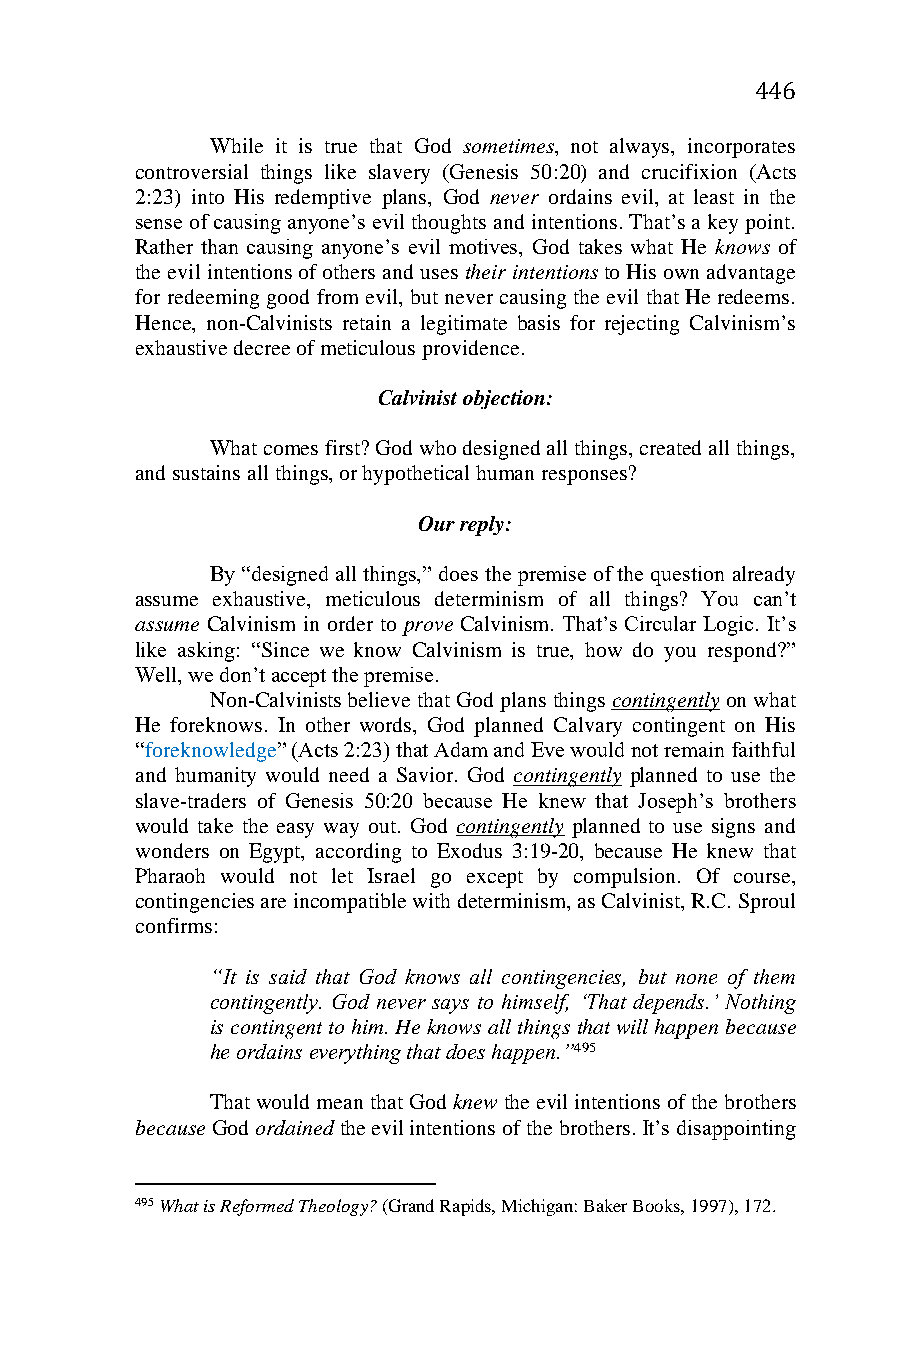
446
 While it is true that God sometimes, not always, incorporates
 controversial things like slavery (Genesis 50:20) and crucifixion (Acts
 2:23) into His redemptive plans, God never ordains evil, at least in the
 sense of causing anyone’s evil thoughts and intentions. That’s a key point.
 Rather than causing anyone’s evil motives, God takes what He knows of
 the evil intentions of others and uses their intentions to His own advantage
 for redeeming good from evil, but never causing the evil that He redeems.
 Hence, non-Calvinists retain a legitimate basis for rejecting Calvinism’s
 exhaustive decree of meticulous providence.
 Calvinist objection:
 What comes first? God who designed all things, created all things,
 and sustains all things, or hypothetical human responses?
 Our reply:
 By “designed all things,” does the premise of the question already
 assume exhaustive, meticulous determinism of all things? You can’t
 assume Calvinism in order to prove Calvinism. That’s Circular Logic. It’s
 like asking: “Since we know Calvinism is true, how do you respond?”
 Well, we don’t accept the premise.
 Non-Calvinists believe that God plans things contingently on what
 He foreknows. In other words, God planned Calvary contingent on His
 “foreknowledge” (Acts 2:23) that Adam and Eve would not remain faithful
 and humanity would need a Savior. God contingently planned to use the
 slave-traders of Genesis 50:20 because He knew that Joseph’s brothers
 would take the easy way out. God contingently planned to use signs and
 wonders on Egypt, according to Exodus 3:19-20, because He knew that
 Pharaoh would not let Israel go except by compulsion. Of course,
 contingencies are incompatible with determinism, as Calvinist, R.C. Sproul
 confirms:
 “It is said that God knows all contingencies, but none of them
 contingently. God never says to himself, ‘That depends.’ Nothing
 is contingent to him. He knows all things that will happen because
 he ordains everything that does happen.”495
 That would mean that God knew the evil intentions of the brothers
 because God ordained the evil intentions of the brothers. It’s disappointing
 495 What is Reformed Theology? (Grand Rapids, Michigan: Baker Books, 1997), 172.